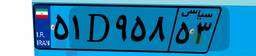
۰۰D۹۲۵۷۹